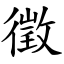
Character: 徵